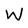
Character: W